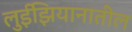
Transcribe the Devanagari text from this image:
लुईझियानातील